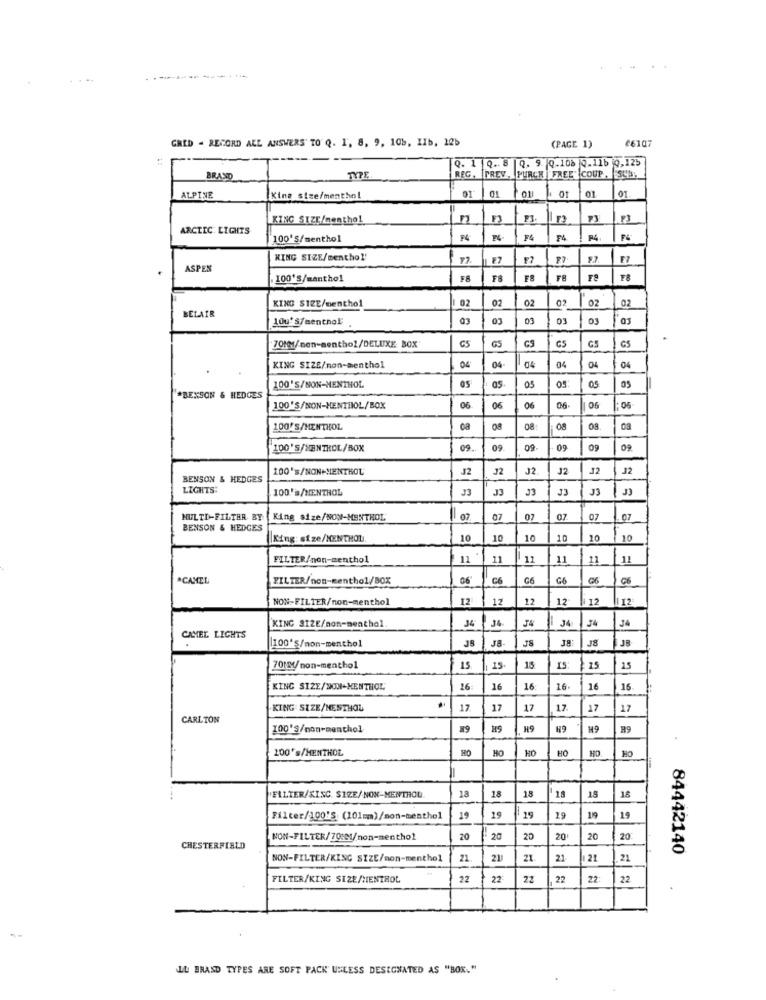
GRED - RECORD ALL ANSWERS' TO' Q. 1, 8, 9, 108, 1Ib, 125
(PAGE 1)
2610
Q. 1 Q .. 8
Q. 9. Q.108 |0.11b 10,125
BRAND
REG. FREV, PURCH FREE COUP, SUS.
01
01
01
01.
ALPINE
King size/menthol
KING SIZE/menthol
ARCTIC LIGHTS
100'S/menthol
F4
F4
F4
F4
KING SIZE/menthol'
F?
F7
E7
ASPEN
.100'S/menthol
F8
F8
F8
Fª
F8
KING SIZE/menthol
1 02
02
02
02
02
02
BELAIR
1Qu' S/menthol:
01
03
03
03
GS
GS
GS
CS
70fel/nen-senthol/DELUXE BOX
GS
04
KING SIZE/non-menthol
04-
04
04
04
04
05
100'S/NON-MENTHOL
*BENSON & HEDGES
100'S/NON-HENTHIOL/BOX
06
06
06
06
06
05
100'S/MENTHOL
08
08
08
100'S/MENTROL/BOX
09.
09
09
09
09
09
100's/NON-MENTHOL
J2
32
J2
J2
12
12
BENSON & HEDGES
LIGHTS:
100'a/MENTHOL
J3
JJ
J3
J3
J3
MULTI-FILTER BY |King size/NON-MENTHOL
07
07
07
07
07
BENSON & HEDGES
King size/MENTHOL
10
10
10
10
10
10
FILTER/non-menthol
11
11
11
11
11
11
^CAMEL
FILTER/non-menthol/BOX
C6
G6
G6
G6
NON-FILTER/non-menthol
12
12
12
12
12
34
36
34
J4
J4
KING 312E/non-menthol
CAMEL LIGHTS
100'S/mon-menthol
JS
JB
J8
15
70MM/non-menthol
15.
4 15
IS
15
15
KING SIZE/NON-MENTHOL
16
16
15
16.
16
16
KING SIZE/MENTHOL
17
17
17
17.
17
17
CARLTON
100'S/non-menthol
H9
H9
H9
89
200's/MENTHOL
HC
HO
HO
HO.
18
18
'FILTER/KINC. SIZE/ NON-MENTHOL
18
18
18
---
Filter/100'S (101mm)/non-menthol
19
19
19
19
19
19
NON-FILTER/70:81/non-menthol
20
20
20
20
20
20
CHESTERFIELD
84442140
NON-FILTER/KING SIZE/non-menthol
21
21
21
21
21
21
FILTER/KING SIZE/MENTHOL
22
22
22
22:
22
IL BRAND TYPES ARE SOFT PACK UNLESS DESIGNATED AS "BOX."